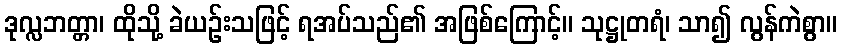
ဒုလ္လဘတ္တာ၊ ထိုသို့ ခဲယဉ်းသဖြင့် ရအပ်သည်၏ အဖြစ်ကြောင့်။ သုဋ္ဌုတရံ၊ သာ၍ လွန်ကဲစွာ။